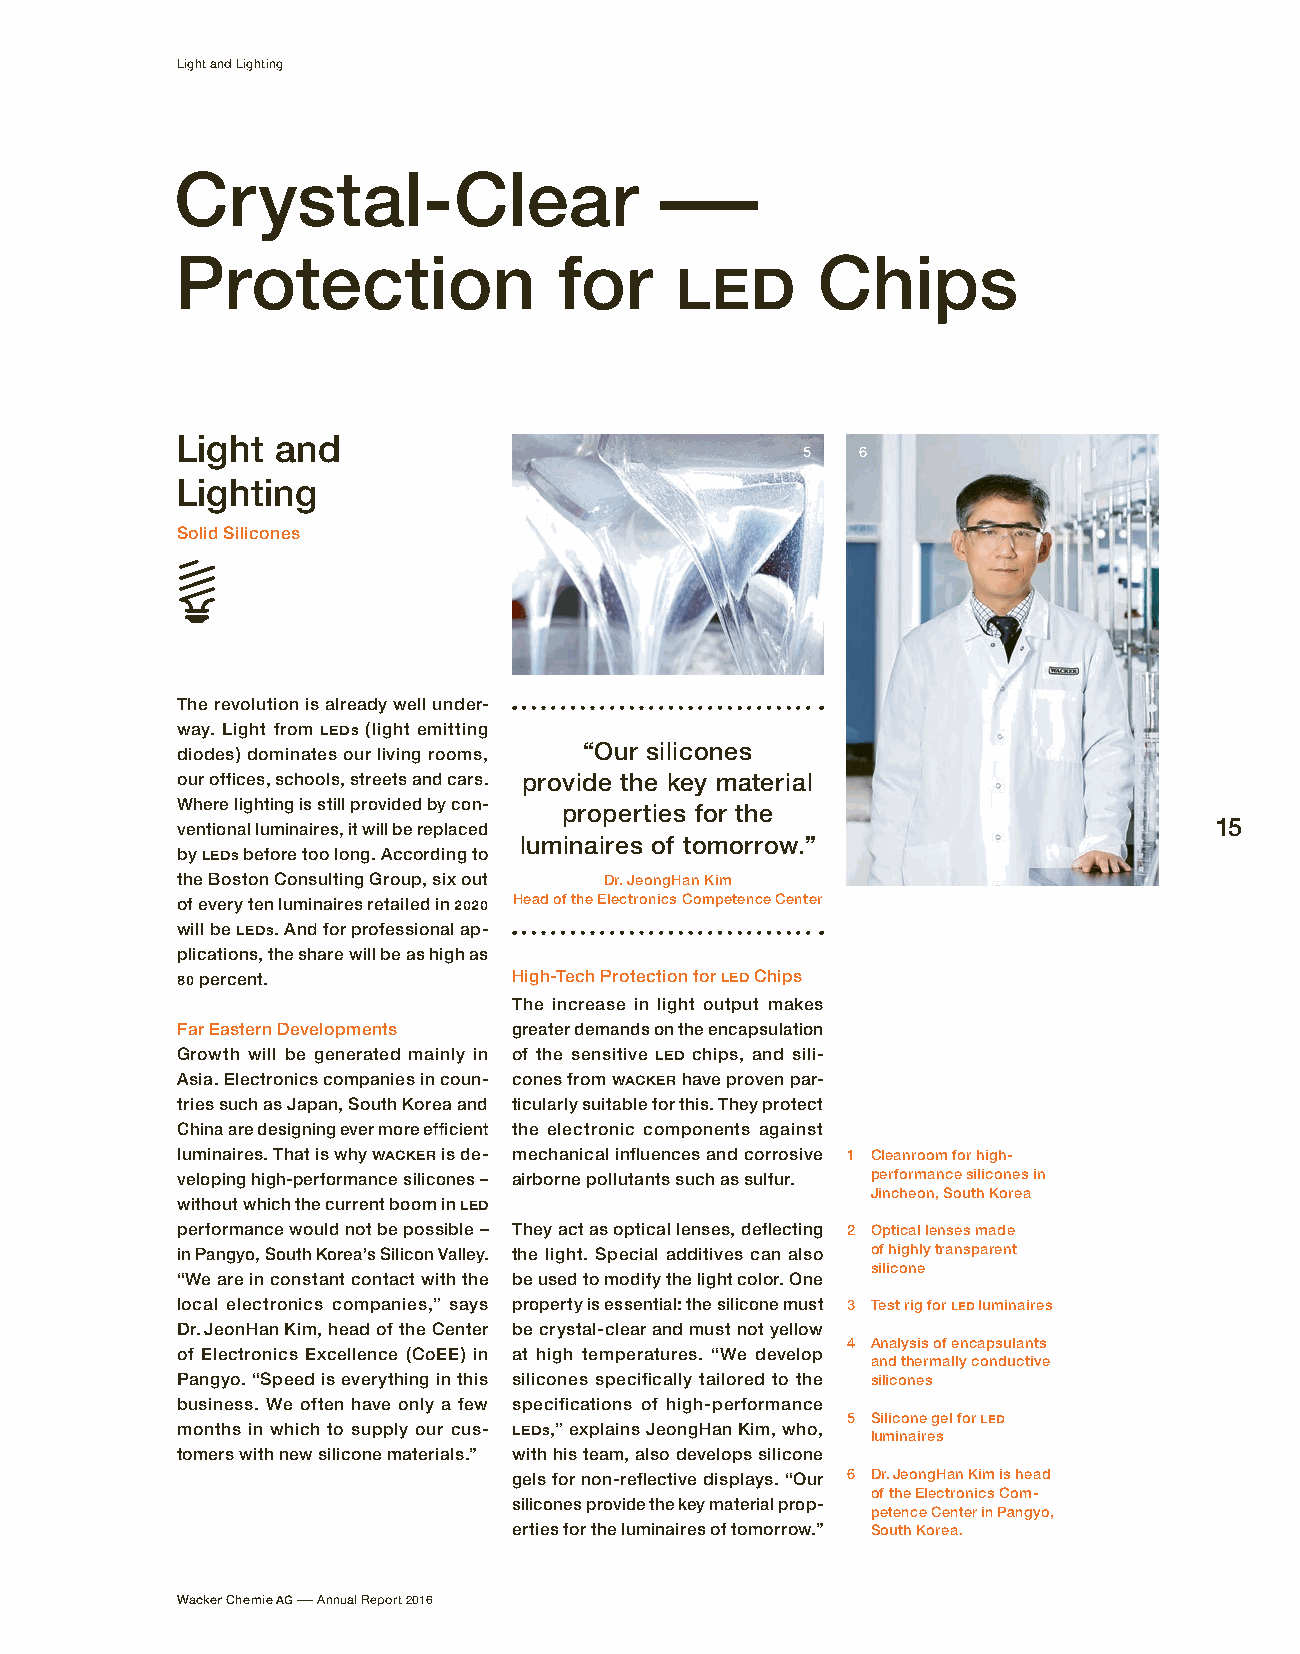
Light and Lighting
 Crystal-Clear                   –
 Protection               for     LED      Chips
 Light and
 5   6
 Lighting
 Solid Silicones
 The revolution is already well under-
 way. Light from LEDs (light emitting
 diodes) dominates our living rooms, “Our silicones
 our offices, schools, streets and cars. provide the key material
 Where lighting is still provided by con-
 properties for the
 ventional luminaires, it will be replaced                           15
 luminaires of tomorrow.”
 by LEDs before too long. According to
 the Boston Consulting Group, six out Dr. JeongHan Kim
 of every ten luminaires retailed in 2020 Head of the Electronics Competence Center
 will be LEDs. And for professional ap-
 plications, the share will be as high as
 80 percent.           High-Tech Protection for LED Chips
 The increase in light output makes
 Far Eastern Developments greater demands on the encapsulation
 Growth will be generated mainly in of the sensitive LED chips, and sili-
 Asia. Electronics companies in coun- cones from WACKER have proven par-
 tries such as Japan, South Korea and ticularly suitable for this. They protect
 China are designing ever more efficient the electronic components against
 luminaires. That is why WACKER is de- mechanical influences and corrosive 1 Cleanroom for high-
 veloping high-performance silicones – airborne pollutants such as sulfur. performance silicones in
 Jincheon, South Korea
 without which the current boom in LED
 performance would not be possible – They act as optical lenses, deflecting 2 Optical lenses made
 in Pangyo, South Korea’s Silicon Valley. the light. Special additives can also of highly t ransparent
 s ilicone
 “We are in constant contact with the be used to modify the light color. One
 local electronics companies,” says property is essential: the silicone must 3 Test rig for LED luminaires
 Dr. JeonHan Kim, head of the Center be crystal-clear and must not yellow
 4 Analysis of encapsulants
 of Electronics Excellence (CoEE) in at high temperatures. “We develop
 and t hermally conductive
 Pangyo. “Speed is everything in this silicones specifically tailored to the silicones
 business. We often have only a few specifications of high-performance
 5 Silicone gel for LED
 months in which to supply our cus- LEDs,” explains JeongHan Kim, who,
 l uminaires
 tomers with new silicone materials.” with his team, also develops silicone
 gels for non-reflective displays. “Our 6 Dr. JeongHan Kim is head
 of the Electronics Com-
 silicones provide the key material prop-
 petence Center in Pangyo,
 erties for the luminaires of tomorrow.” South Korea.
 Wacker Chemie AG – Annual Report 2016